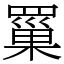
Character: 罺